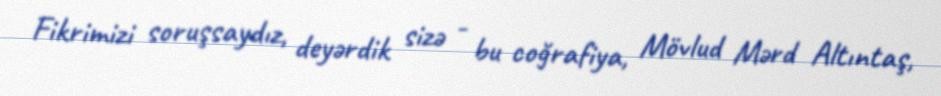
Fikrimizi soruşsaydız, deyərdik sizə - bu coğrafiya, Mövlud Mərd Altıntaş,